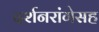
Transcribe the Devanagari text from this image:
दर्शनरांगेसह